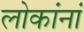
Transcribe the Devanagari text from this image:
लोकांनां